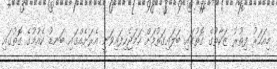
މިއަހަރު ފިތުރު ޒަކާތުގެ ގޮތުގައި ބަލައިގަތުމަށް ހަމަޖެހިފައިވަނީ އެރަށެއްގައި ބަނޑު ކެއުމުގެ ގޮތުގައި